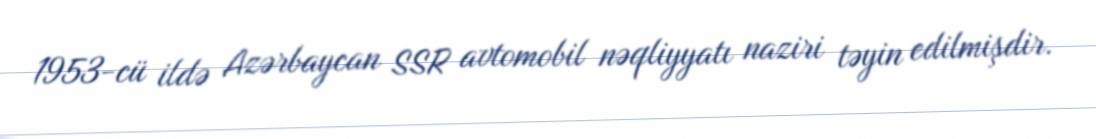
1953-cü ildə Azərbaycan SSR avtomobil nəqliyyatı naziri təyin edilmişdir.